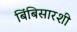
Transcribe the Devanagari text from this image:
बिंबिसारशी